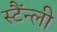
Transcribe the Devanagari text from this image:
स्टैंन्ली